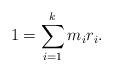
LaTeX: \begin{align*}1 = \sum_{i = 1}^k m_i r_i.\end{align*}